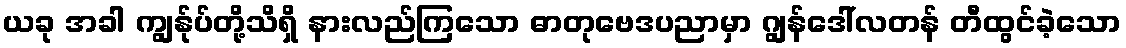
ယခု အခါ ကျွန်ုပ်တို့သိရှိ နားလည်ကြသော ဓာတုဗေဒပညာမှာ ဂျွန်ဒေါ်လတန် တီထွင်ခဲ့သော